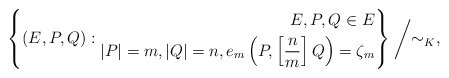
\begin{align*} \left\{ (E,P,Q): \begin{aligned} E, P, Q\in E \\ \left|P\right|=m, \left|Q\right|=n, e_{m}\left(P,\left[\frac{n}{m}\right]Q\right)=\zeta_{m} \end{aligned} \right\}\biggm/\sim_{K}, \end{align*}